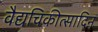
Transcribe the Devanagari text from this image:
वैद्यचिकीत्सादिन